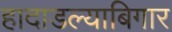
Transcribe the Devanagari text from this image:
हादाडल्याबिगार